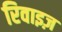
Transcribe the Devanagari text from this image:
रिवाइज़